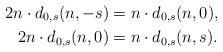
LaTeX: \begin{align*}2n\cdot d_{0,s}(n,-s)&=n\cdot d_{0,s}(n,0),\\2n\cdot d_{0,s}(n,0)&=n\cdot d_{0,s}(n,s).\end{align*}